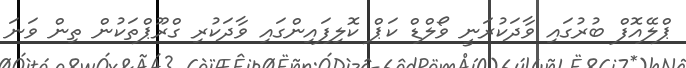
ޕްލޭއޮފް ބުރުގައި ވާދަކުރަނީ ވޯލްޑް ކަޕް ކޮލިފައިންގައި ވާދަކުރި ގްރޫޕްތަކުން ތިން ވަނަ